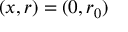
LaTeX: ( x , r ) = ( 0 , r _ { 0 } )